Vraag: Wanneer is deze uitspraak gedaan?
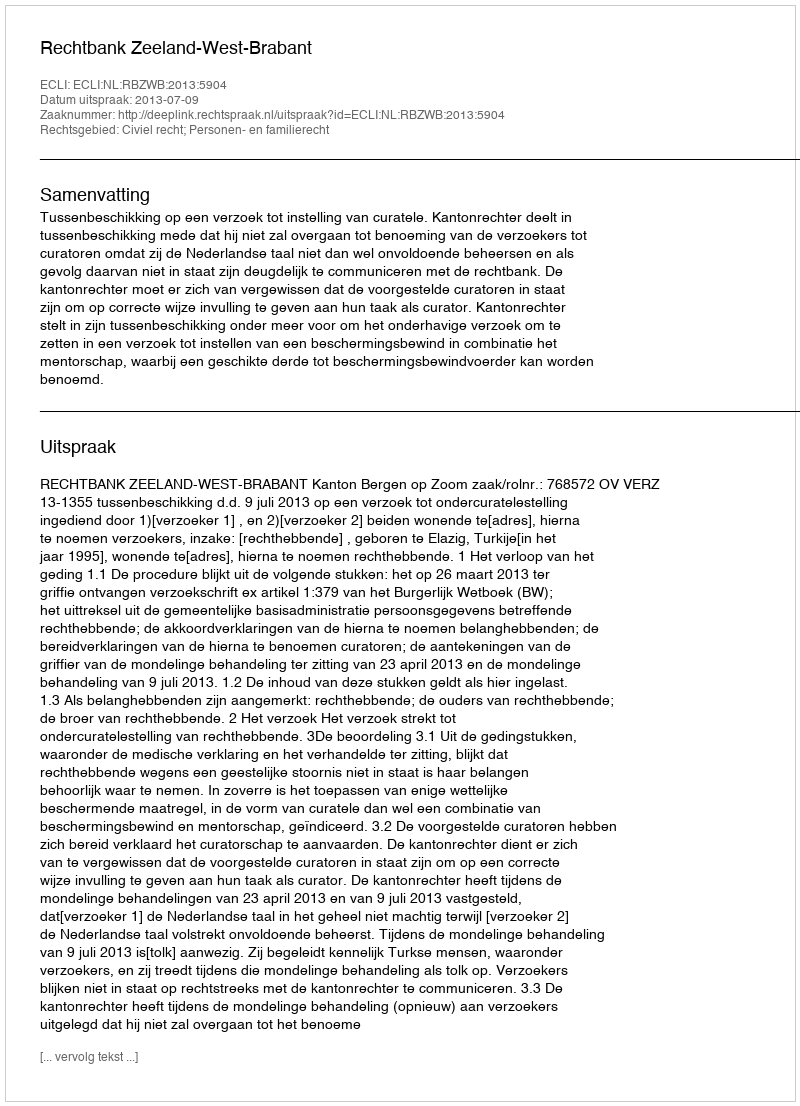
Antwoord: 2013-07-09